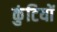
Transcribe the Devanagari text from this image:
कुंटियों